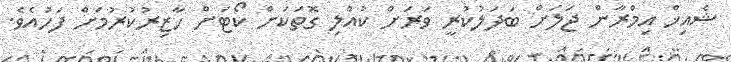
ޝެއިޚް އިމްރާން ޖަލަށް ބަދަލުކުރީ ވަރަށް ކުއްލި ގޮތަކަށް ކޯޓަށް ހާޒިރުކުރުމަށް ފަހުއެވެ.